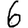
Digit: 6